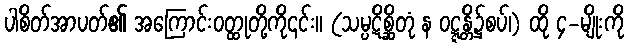
ပါစိတ်အာပတ်၏ အကြောင်းဝတ္ထုတို့ကို၎င်း။ (သမ္ပဋိစ္ဆိတုံ န ဝဋ္ဋန္တိ၌စပ်၊) ထို ၄-မျိုးကို